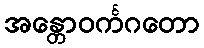
အန္တောဝင်္ကဂတော